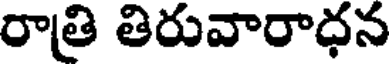
రాతి తిరువారాధన